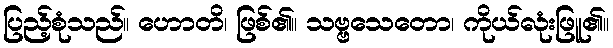
ပြည့်စုံသည်။ ဟောတိ၊ ဖြစ်၏။ သဗ္ဗသေတော၊ ကိုယ်လုံးဖြူ၏။